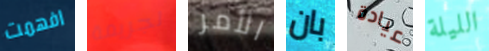
افهمت لجريمة الأمر بان عيادة الليلة